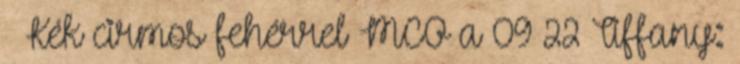
♂ Kék cirmos fehérrel MCO a 09 22 Tiffany: